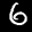
Label: 6